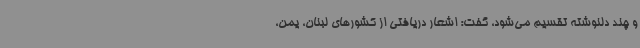
و چند دلنوشته تقسیم می‌شود، گفت: اشعار دریافتی از کشورهای لبنان، یمن،